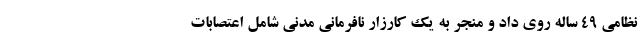
نظامی ۴۹ ساله روی داد و منجر به یک کارزار نافرمانی مدنی شامل اعتصابات